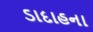
ડાદાહના